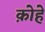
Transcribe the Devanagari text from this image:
क़ोहे